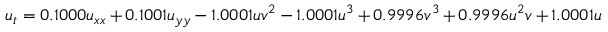
u _ { t } = 0 . 1 0 0 0 u _ { x x } + 0 . 1 0 0 1 u _ { y y } - 1 . 0 0 0 1 u v ^ { 2 } - 1 . 0 0 0 1 u ^ { 3 } + 0 . 9 9 9 6 v ^ { 3 } + 0 . 9 9 9 6 u ^ { 2 } v + 1 . 0 0 0 1 u